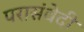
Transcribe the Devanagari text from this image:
परासंवेदी